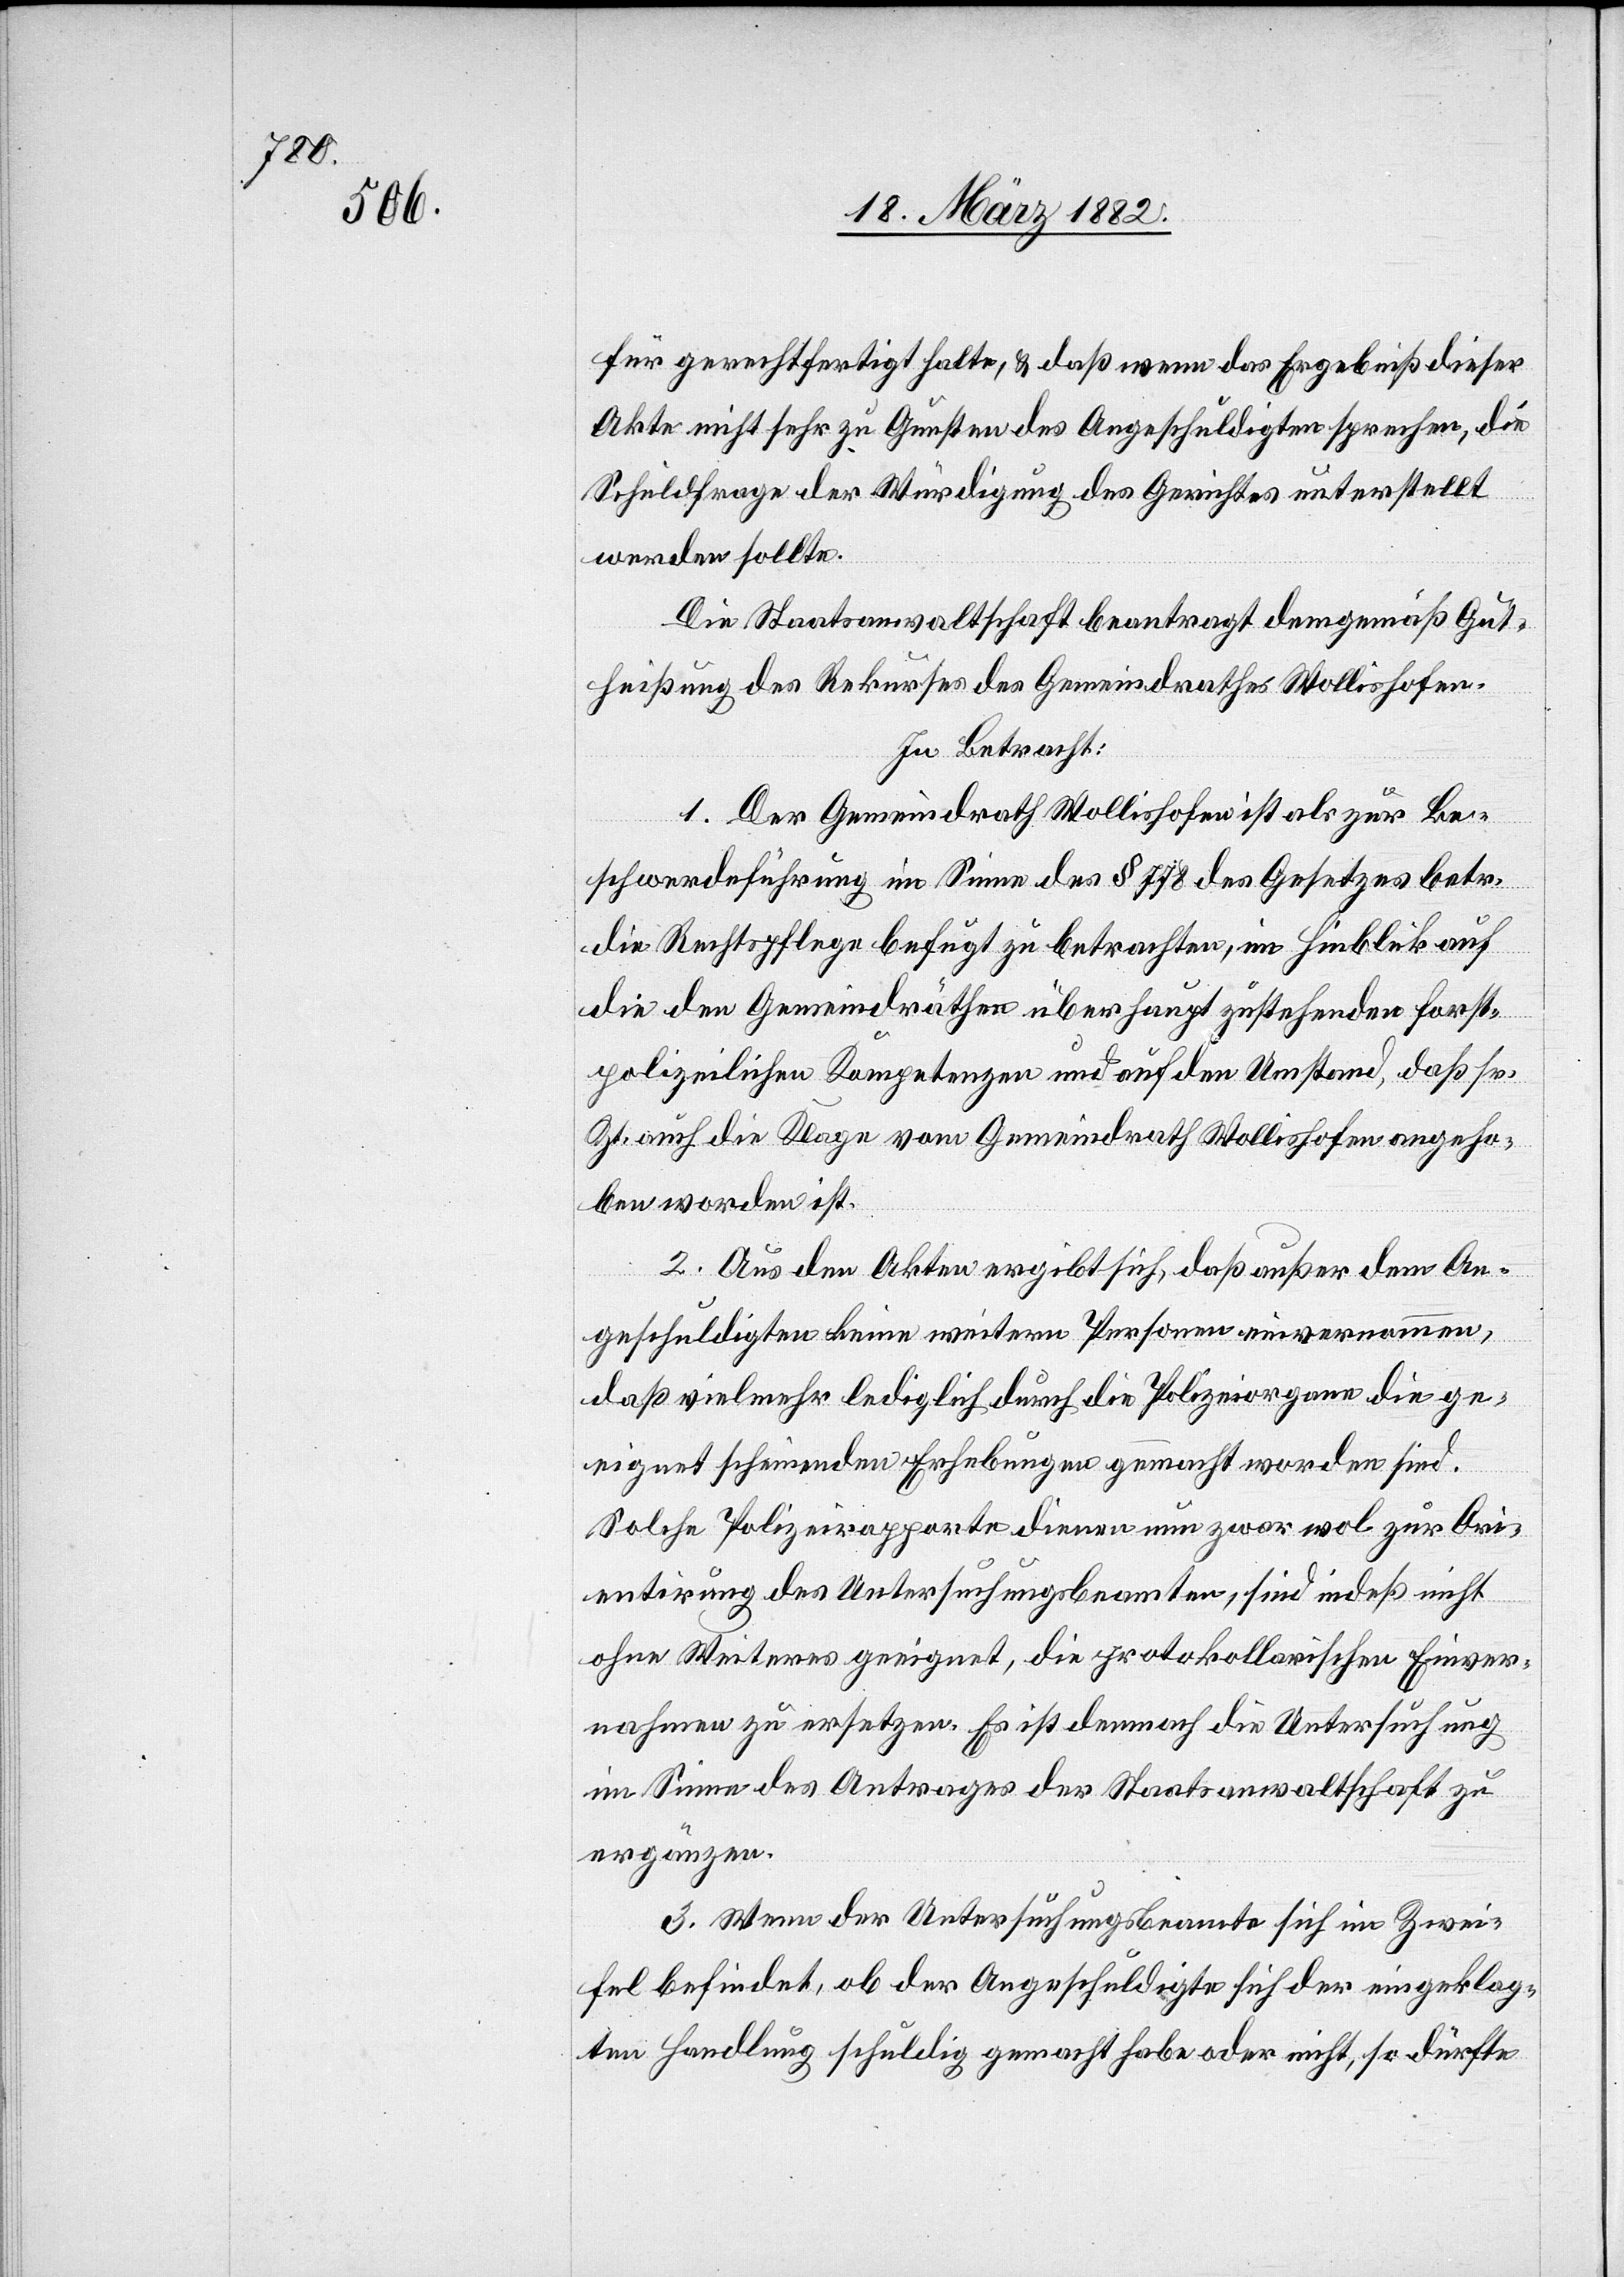
neigt

für gerechtfertigt halten, & daß wenn das Ergebniß dieser
Akte nicht sehr zu Gunsten des Angeschuldigten sprechen, die
Schuldfrage der Würdigung des Gerichtes unterstellt
werden sollte.
Die Staatsanwaltschaft beantragt demgemäß Gut¬
heißung des Rekurses des Gemeindrathes Wollishofen.
In Betracht:
1. Der Gemeindrath Wollishofen ist als zur Be¬
schwerdeführung im Sinne des § 778 des Gesetzes betr.
die Rechtspflege befugt zu betrachten, im Hinblick auf
die den Gemeindräthen überhaupt zustehenden forst¬
polizeilichen Kompetenzen und auf den Umstand, daß sr.
Zt. auch die Klage vom Gemeindrath Wollishofen angeho¬
ben worden ist.
2. Aus den Akten ergibt sich, daß außer dem An¬
geschuldigten keine weiteren Personen einvernommen,
daß vielmehr lediglich durch die Polizeiorgane die ge¬
Solche Polizeirapporte dienen nun zwar wol zur Ori¬
entierung des Untersuchungsbeamten, sind indeß nicht
ohne Weiteres geeignet, die protokollarische Einver¬
nahmen zu ersetzen. Es ist demnach die Untersuchung
im Sinne des Antrages der Staatsanwaltschaft zu
ergänzen.
3. Wenn der Untersuchungsbeamte sich im Zwei¬
fel befindet, ob der Angeschuldigte sich der eingeklag¬
ten Handlung schuldig gemacht habe oder nicht, so dürfte